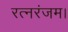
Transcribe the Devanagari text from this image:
रत्नरंजम।